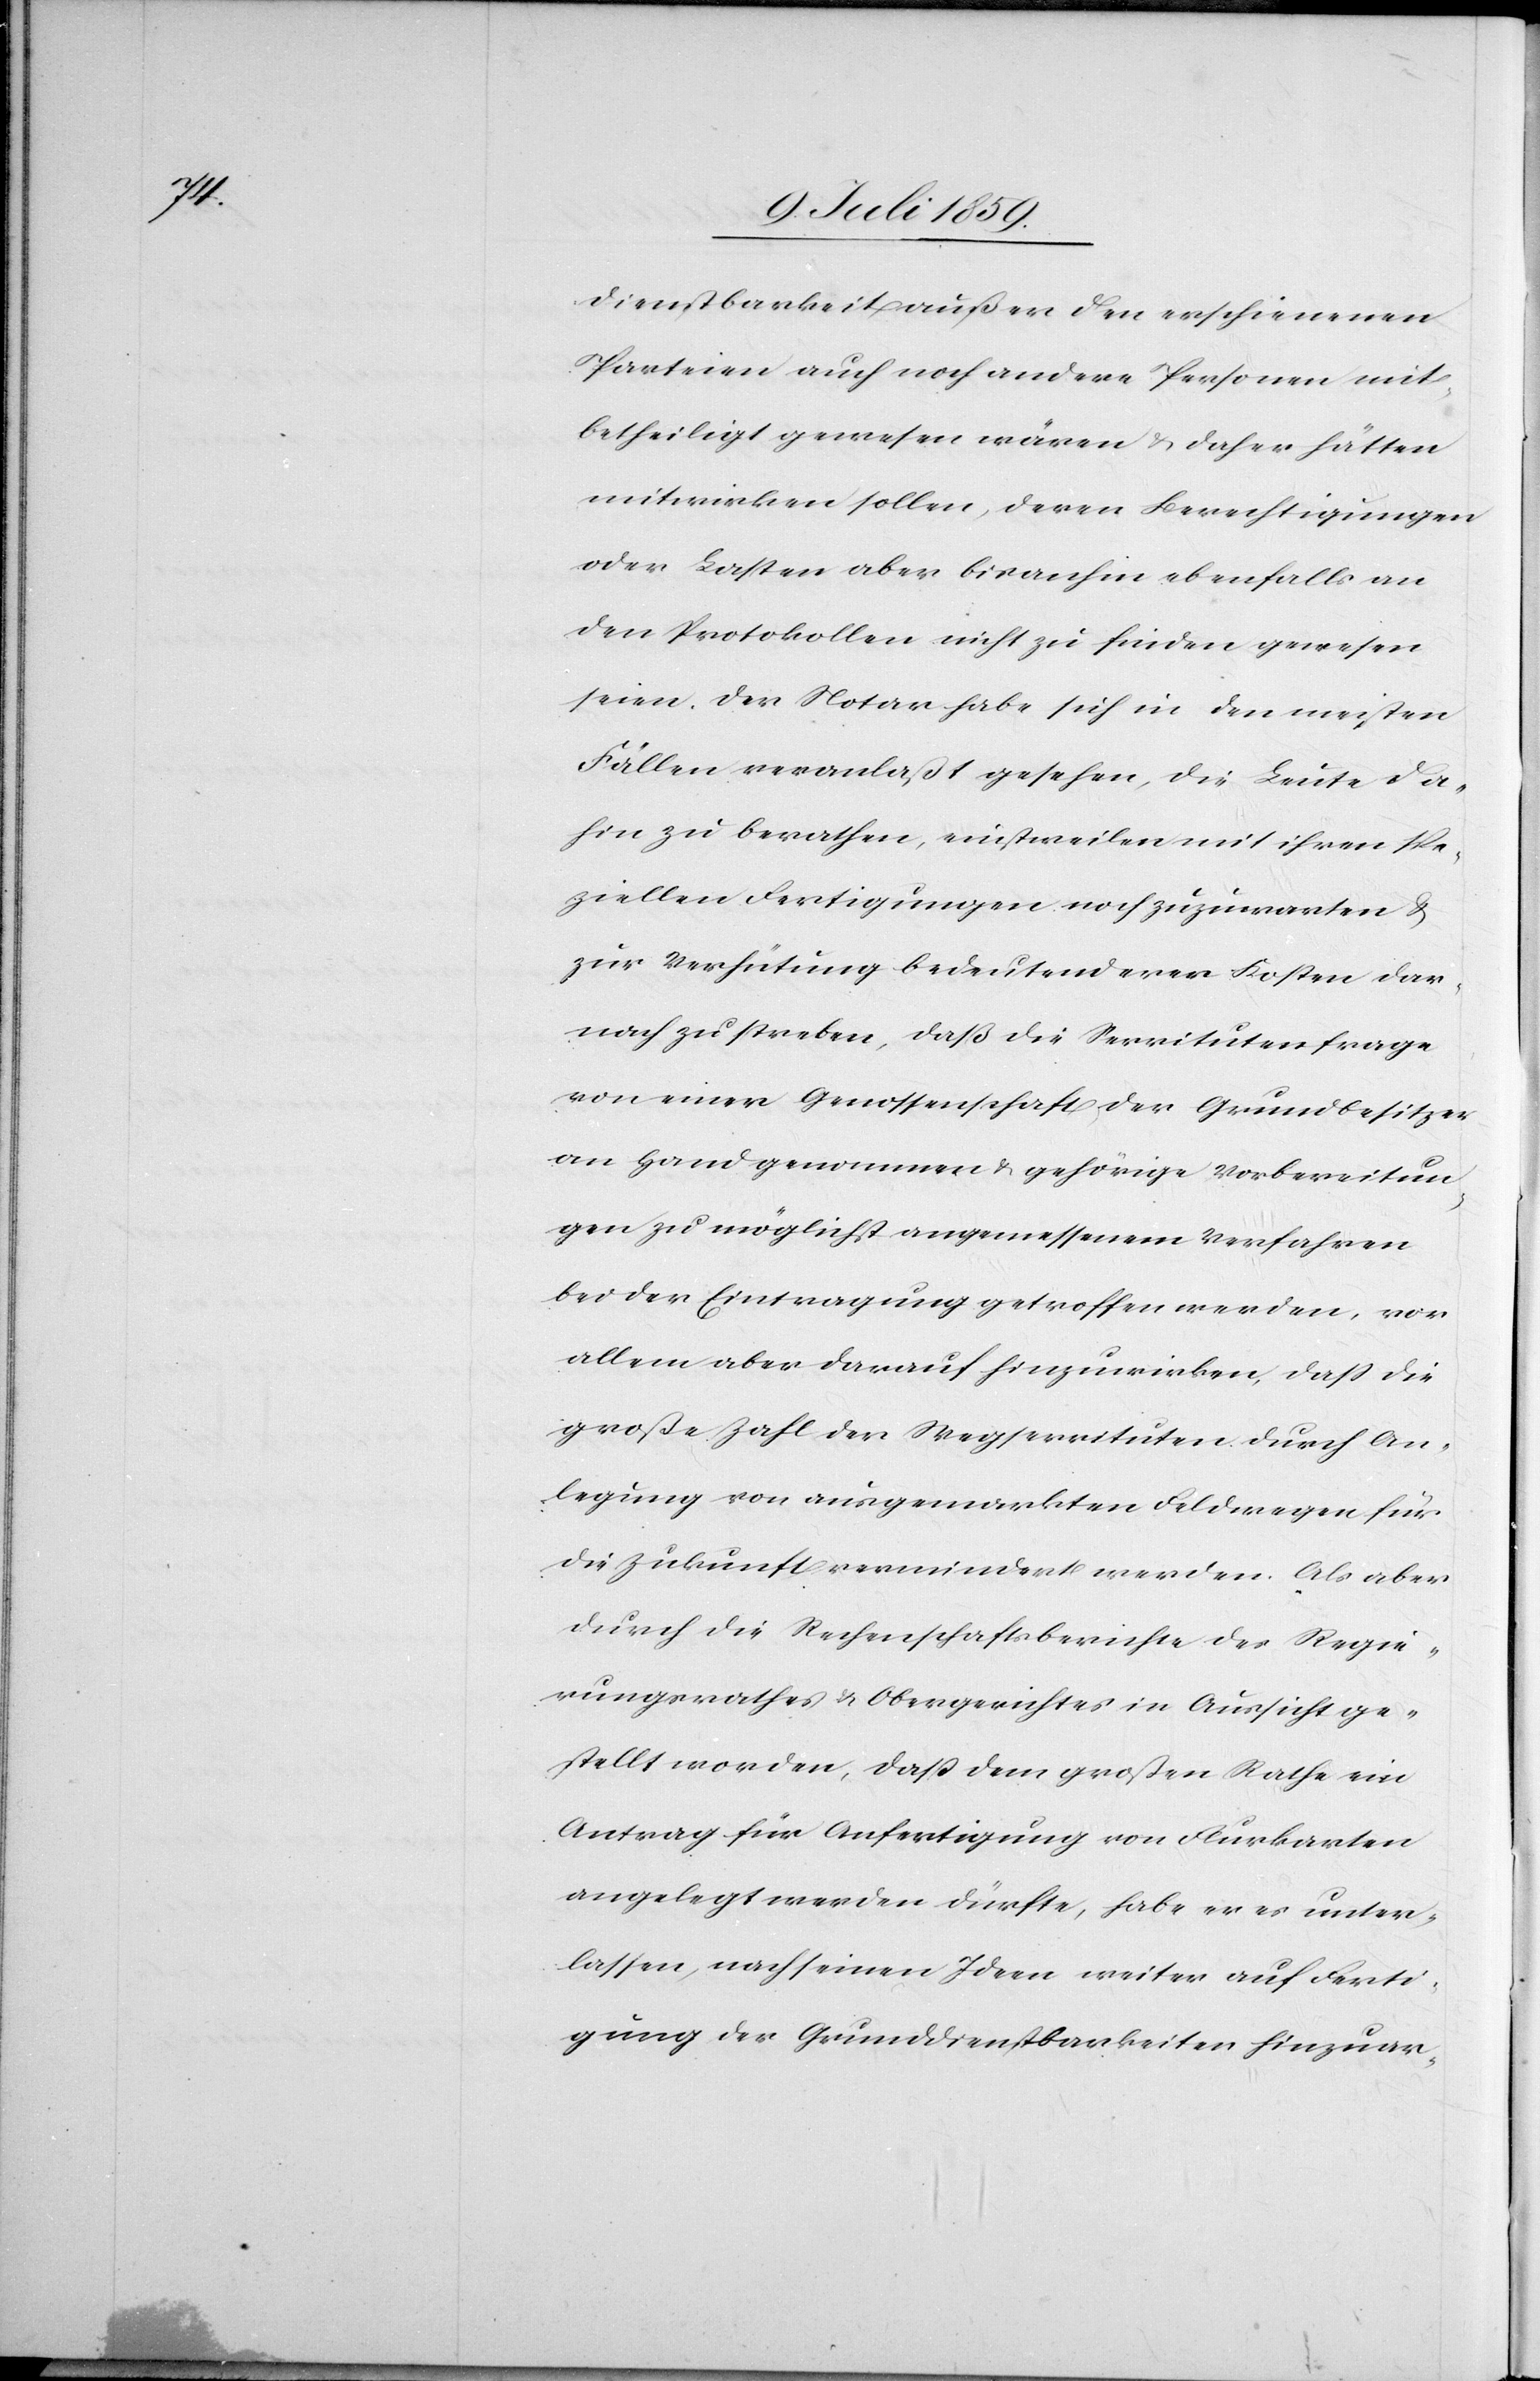
dienstbarkeit außer den erschienenen
Parteien auch noch andere Personen mit
betheiligt gewesen wären u. daher hätten
mitwirken sollen, deren Berechtigungen
oder Lasten aber bisanhin ebenfalls an
den Protokollen nicht zu finden gewesen
seien. Der Notar habe sich in den meisten
Fällen veranlaßt gesehen, die Leute da¬
hin zu berathen, einstweilen mit ihren spe¬
ziellen Fertigungen noch zuzuwarten u.
zur Verhütung bedeutenderer Kosten dar¬
nach zu streben, daß die Servitutenfrage
von einer Genossenschaft der Grundbesitzer
an Hand genommen u. gehörige Vorbereitun¬
gen zu möglichst angemessenem Verfahren
bei der Eintragung getroffen werden, vor
allem aber darauf hinzuwirken, daß die
große Zahl der Wegservituten durch An¬
legung von ausgemarkten Feldwegen für
die Zukunft vermindert werden. Als aber
durch die Rechenschaftsberichte des Regie¬
rungsrathes u. Obergerichtes in Aussicht ge¬
stellt worden, daß dem Großen Rathe ein
Antrag für Anfertigung von Flurkarten
angelegt werden dürfte, habe er es unter¬
lassen, nach seinen Ideen weiter auf Ferti¬
gung der Grunddienstbarkeiten hinzuar-